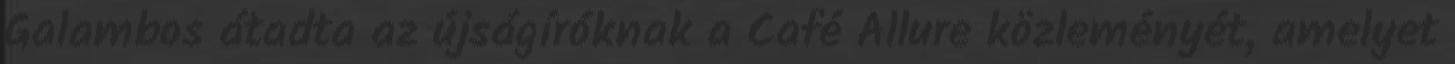
Galambos átadta az újságíróknak a Café Allure közleményét, amelyet